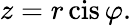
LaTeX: z=r\operatorname{cis}\varphi.